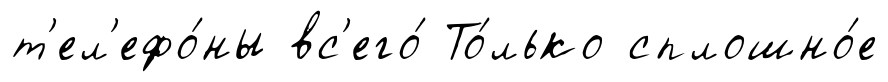
т'ел'ефо́ны вс'его́ То́лько сплошно́е